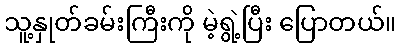
သူ့နှုတ်ခမ်းကြီးကို မဲ့ရွဲ့ပြီး ပြောတယ်။